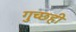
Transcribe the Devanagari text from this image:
गुच्छही